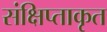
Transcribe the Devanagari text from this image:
संक्षिप्ताकृत